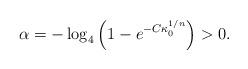
LaTeX: \begin{align*}\alpha = -\log_4\left(1-e^{-C\kappa_0^{1/n}}\right)>0.\end{align*}